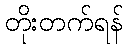
တိုးတက်ရန်